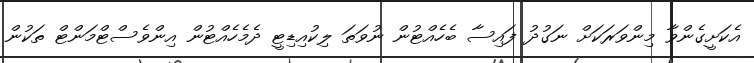
އެކަށީގެންވާ މިންވަރަކަށް ނަގުދު ފައިސާ ބެހެއްޓުން ނުވަތަ ލިކުއިޑިޓީ ދެމެހެއްޓުން އިންވެސްޓްމަންޓް ތަކުން